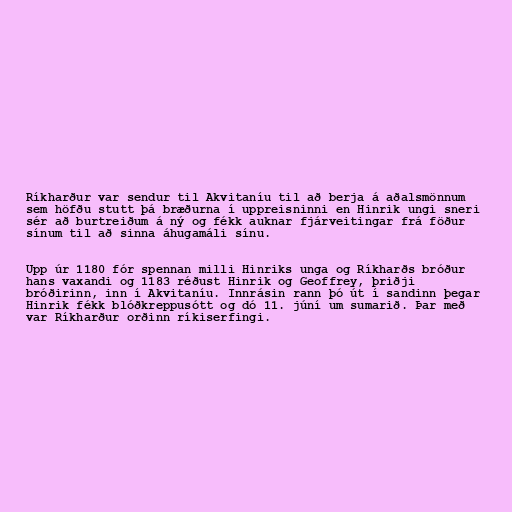
Ríkharður var sendur til Akvitaníu til að berja á aðalsmönnum
sem höfðu stutt þá bræðurna í uppreisninni en Hinrik ungi sneri
sér að burtreiðum á ný og fékk auknar fjárveitingar frá föður
sínum til að sinna áhugamáli sínu.

Upp úr 1180 fór spennan milli Hinriks unga og Ríkharðs bróður
hans vaxandi og 1183 réðust Hinrik og Geoffrey, þriðji
bróðirinn, inn í Akvitaníu. Innrásin rann þó út í sandinn þegar
Hinrik fékk blóðkreppusótt og dó 11. júní um sumarið. Þar með
var Ríkharður orðinn ríkiserfingi.